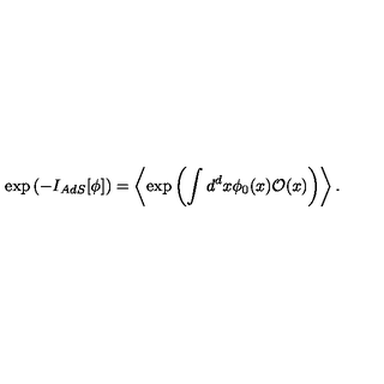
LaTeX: \exp \left( - I _ { A d S } [ \phi ] \right) = \left\langle \exp \left( \int d ^ { d } x \phi _ { 0 } ( x ) \mathcal { O } ( x ) \right) \right\rangle .